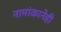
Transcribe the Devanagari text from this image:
नामांकानेही